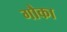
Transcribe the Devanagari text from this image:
गौका